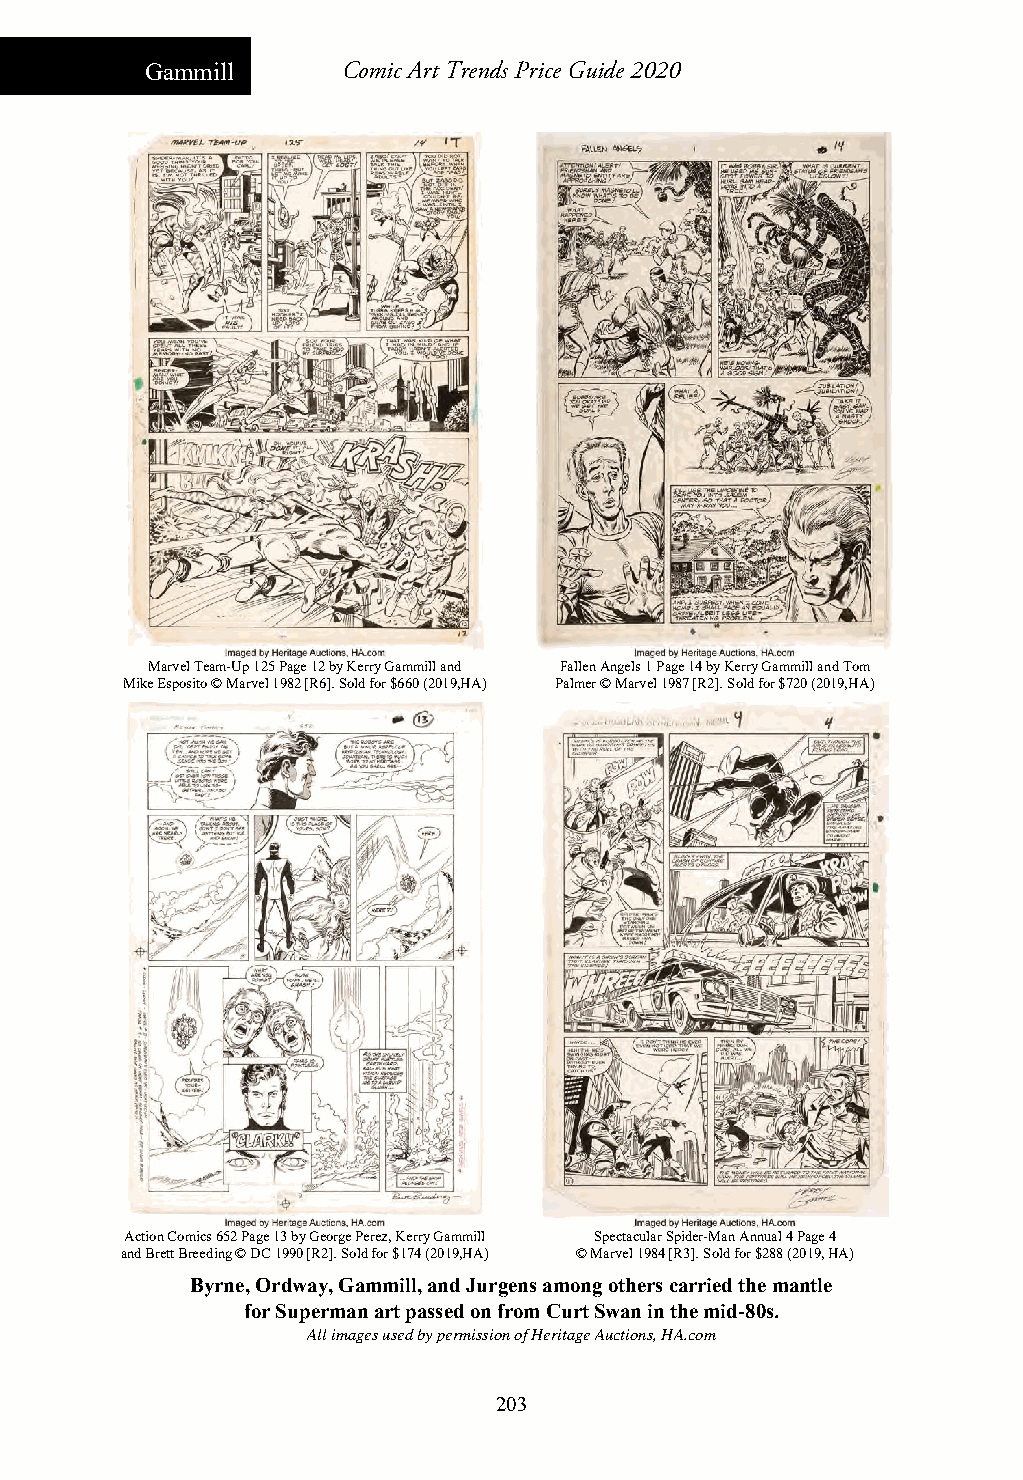
Gammill      Comic Art Trends Price Guide 2020
 Marvel Team-Up 125 Page 12 by Kerry Gammill and Fallen Angels 1 Page 14 by Kerry Gammill and Tom
 Mike Esposito © Marvel 1982 [R6]. Sold for $660 (2019,HA) Palmer © Marvel 1987 [R2]. Sold for $720 (2019,HA)
 Action Comics 652 Page 13 by George Perez, Kerry Gammill Spectacular Spider-Man Annual 4 Page 4
 and Brett Breeding © DC 1990 [R2]. Sold for $174 (2019,HA) © Marvel 1984 [R3]. Sold for $288 (2019, HA)
 Byrne, Ordway, Gammill, and Jurgens among others carried the mantle
 for Superman art passed on from Curt Swan in the mid-80s.
 All images used by permission of Heritage Auctions, HA.com
 203